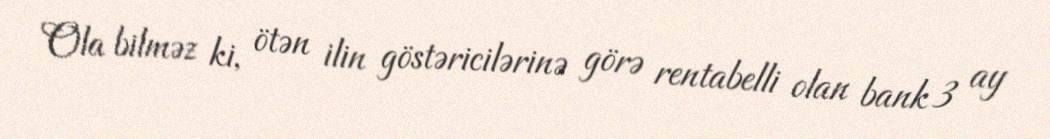
Ola bilməz ki, ötən ilin göstəricilərinə görə rentabelli olan bank 3 ay